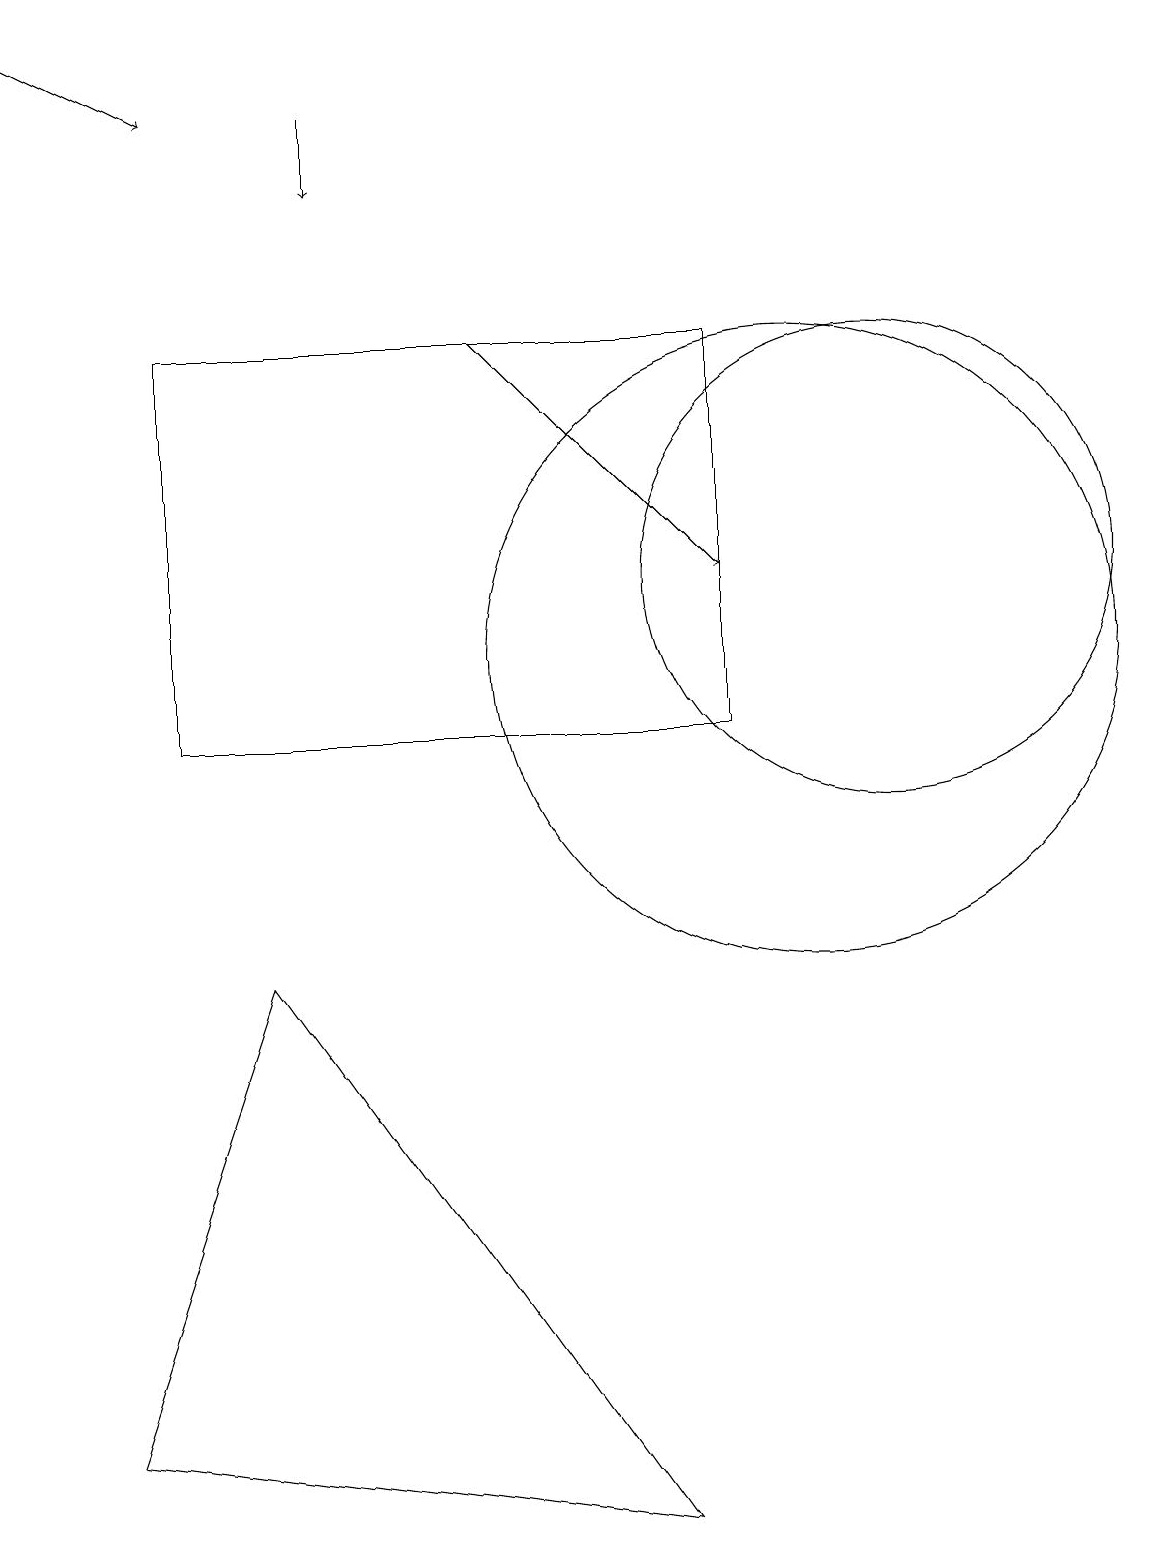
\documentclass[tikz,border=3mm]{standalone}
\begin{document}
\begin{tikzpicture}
\draw (3,7) -- (8,0) -- (1,1) -- cycle;
\draw[->] (6,15) -- (9,12);
\draw[->] (0,19) -- (2,18);
\draw (9,15) rectangle (2,10);
\draw (10,11) circle (4);
\draw[->] (4,18) -- (4,17);
\draw (11,12) circle (3);
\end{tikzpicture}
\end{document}